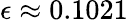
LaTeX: \epsilon\approx 0.1021